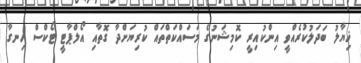
ޚިޔާލު ބަދަލުކުރެއްވީ އިންކުއިރީ ކޮމިޝަނުގެ މަސައްކަތްތައް ކުރިޔަށްދާ ގޮތާއި އޯލްޕާޓީ ޓޯކްސް ހިނގާ